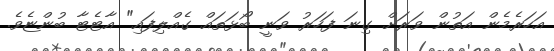
އަހަރެމެން އަތުން ވަރަށް ގިނަ ފަހަރު ވަނީ ބޯޅަތައް ގެއްލިފައި" އާޓެޓާ ބުންޏެވެ.